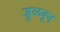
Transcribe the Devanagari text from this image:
जूळवून